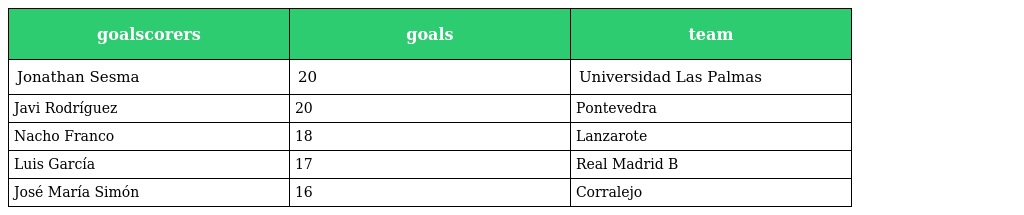
| goalscorers | goals | team |
 | --- | --- | --- |
 | Jonathan Sesma | 20 | Universidad Las Palmas |
 | Javi Rodríguez | 20 | Pontevedra |
 | Nacho Franco | 18 | Lanzarote |
 | Luis García | 17 | Real Madrid B |
 | José María Simón | 16 | Corralejo |